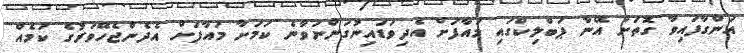
އަންގާފައިވާ ގޮތަށް އޭނާ ޕަބްލިކްގައި މައާފަށް އެދިވަޑައިނުގަންނަވާނެ ކަމަށާ މައާފަށް އެދެންޖެހޭވަރުގެ ކަމެއް